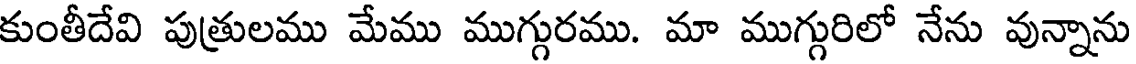
కుంతీదేవి పుత్రులము మేము ముగ్గురము. మా ముగ్గురిలో నేను వున్నాను